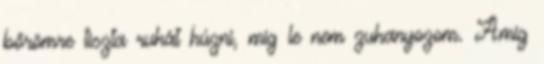
bőrömre tiszta ruhát húzni, míg le nem zuhanyozom. Amíg